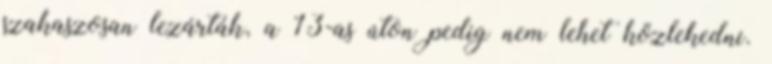
szakaszosan lezárták, a 13-as úton pedig nem lehet közlekedni.